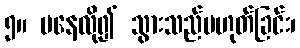
၅။ မနေလို၍ သွားသည်မဟုတ်ခြင်း၊